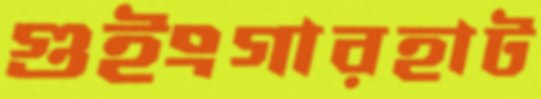
গুইংগারহাট